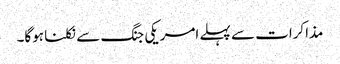
مذاکرات سے پہلے امریکی جنگ سے نکلنا ہوگا۔